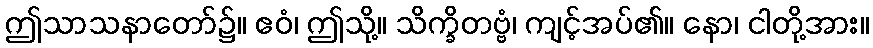
ဤသာသနာတော်၌။ ဧဝံ၊ ဤသို့။ သိက္ခိတဗ္ဗံ၊ ကျင့်အပ်၏။ နော၊ ငါတို့အား။